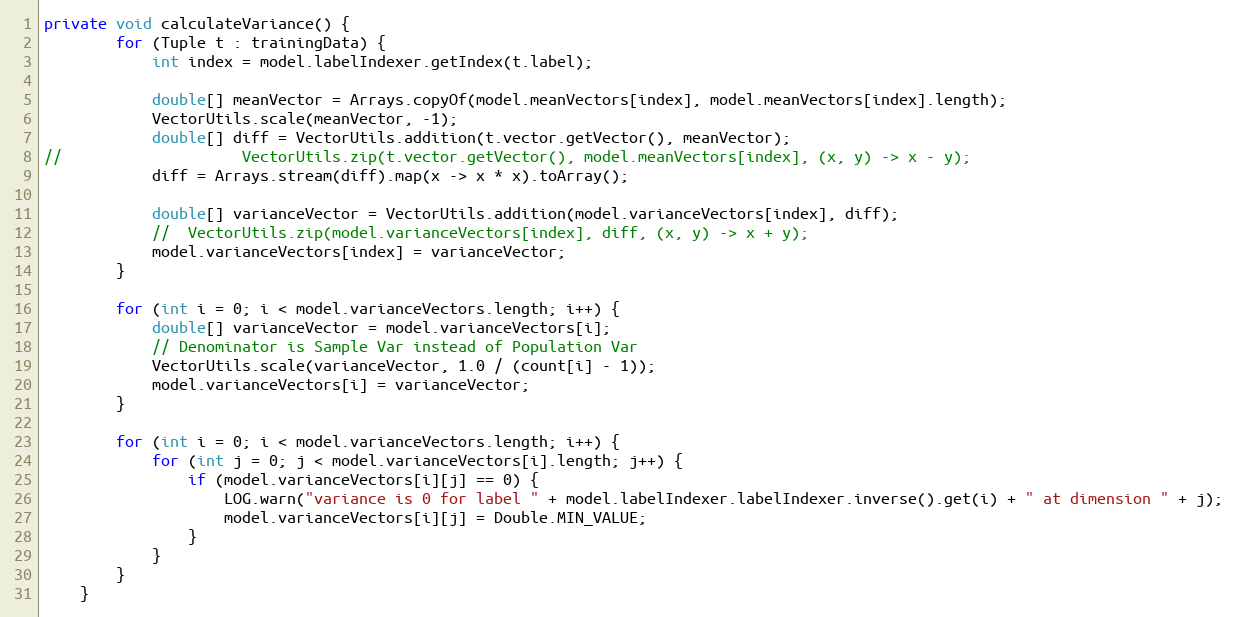
Language: Java
private void calculateVariance() {
        for (Tuple t : trainingData) {
            int index = model.labelIndexer.getIndex(t.label);

            double[] meanVector = Arrays.copyOf(model.meanVectors[index], model.meanVectors[index].length);
            VectorUtils.scale(meanVector, -1);
            double[] diff = VectorUtils.addition(t.vector.getVector(), meanVector);
//                    VectorUtils.zip(t.vector.getVector(), model.meanVectors[index], (x, y) -> x - y);
            diff = Arrays.stream(diff).map(x -> x * x).toArray();

            double[] varianceVector = VectorUtils.addition(model.varianceVectors[index], diff);
            //  VectorUtils.zip(model.varianceVectors[index], diff, (x, y) -> x + y);
            model.varianceVectors[index] = varianceVector;
        }

        for (int i = 0; i < model.varianceVectors.length; i++) {
            double[] varianceVector = model.varianceVectors[i];
            // Denominator is Sample Var instead of Population Var
            VectorUtils.scale(varianceVector, 1.0 / (count[i] - 1));
            model.varianceVectors[i] = varianceVector;
        }

        for (int i = 0; i < model.varianceVectors.length; i++) {
            for (int j = 0; j < model.varianceVectors[i].length; j++) {
                if (model.varianceVectors[i][j] == 0) {
                    LOG.warn("variance is 0 for label " + model.labelIndexer.labelIndexer.inverse().get(i) + " at dimension " + j);
                    model.varianceVectors[i][j] = Double.MIN_VALUE;
                }
            }
        }
    }